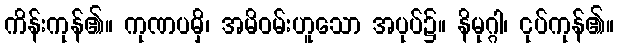
ကိန်းကုန်၏။ ကုဏပမှိ၊ အမိဝမ်းဟူသော အပုပ်၌။ နိမုဂ္ဂါ၊ ငုပ်ကုန်၏။